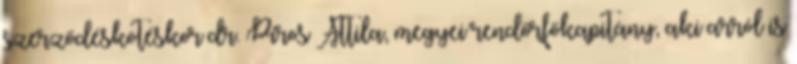
szerződéskötéskor dr. Piros Attila, megyei rendőrfőkapitány, aki arról is